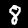
Digit: 8